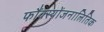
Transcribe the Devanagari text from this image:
फौंक्स्योंजनालितिक